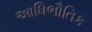
આધિભૌતિક